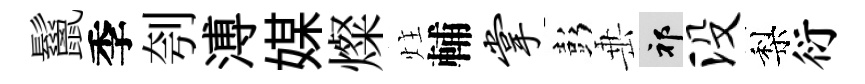
鬣季刳溥媒燦炷輔掌彭𡸁祁没梨衍